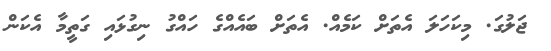
ޖަލުގަ. މިކަހަލަ އެތަށް ކަމެއް. އެތަށް ބައެއްގެ ހައްގު ނިގުޅައި ގަތީމާ އެކަން